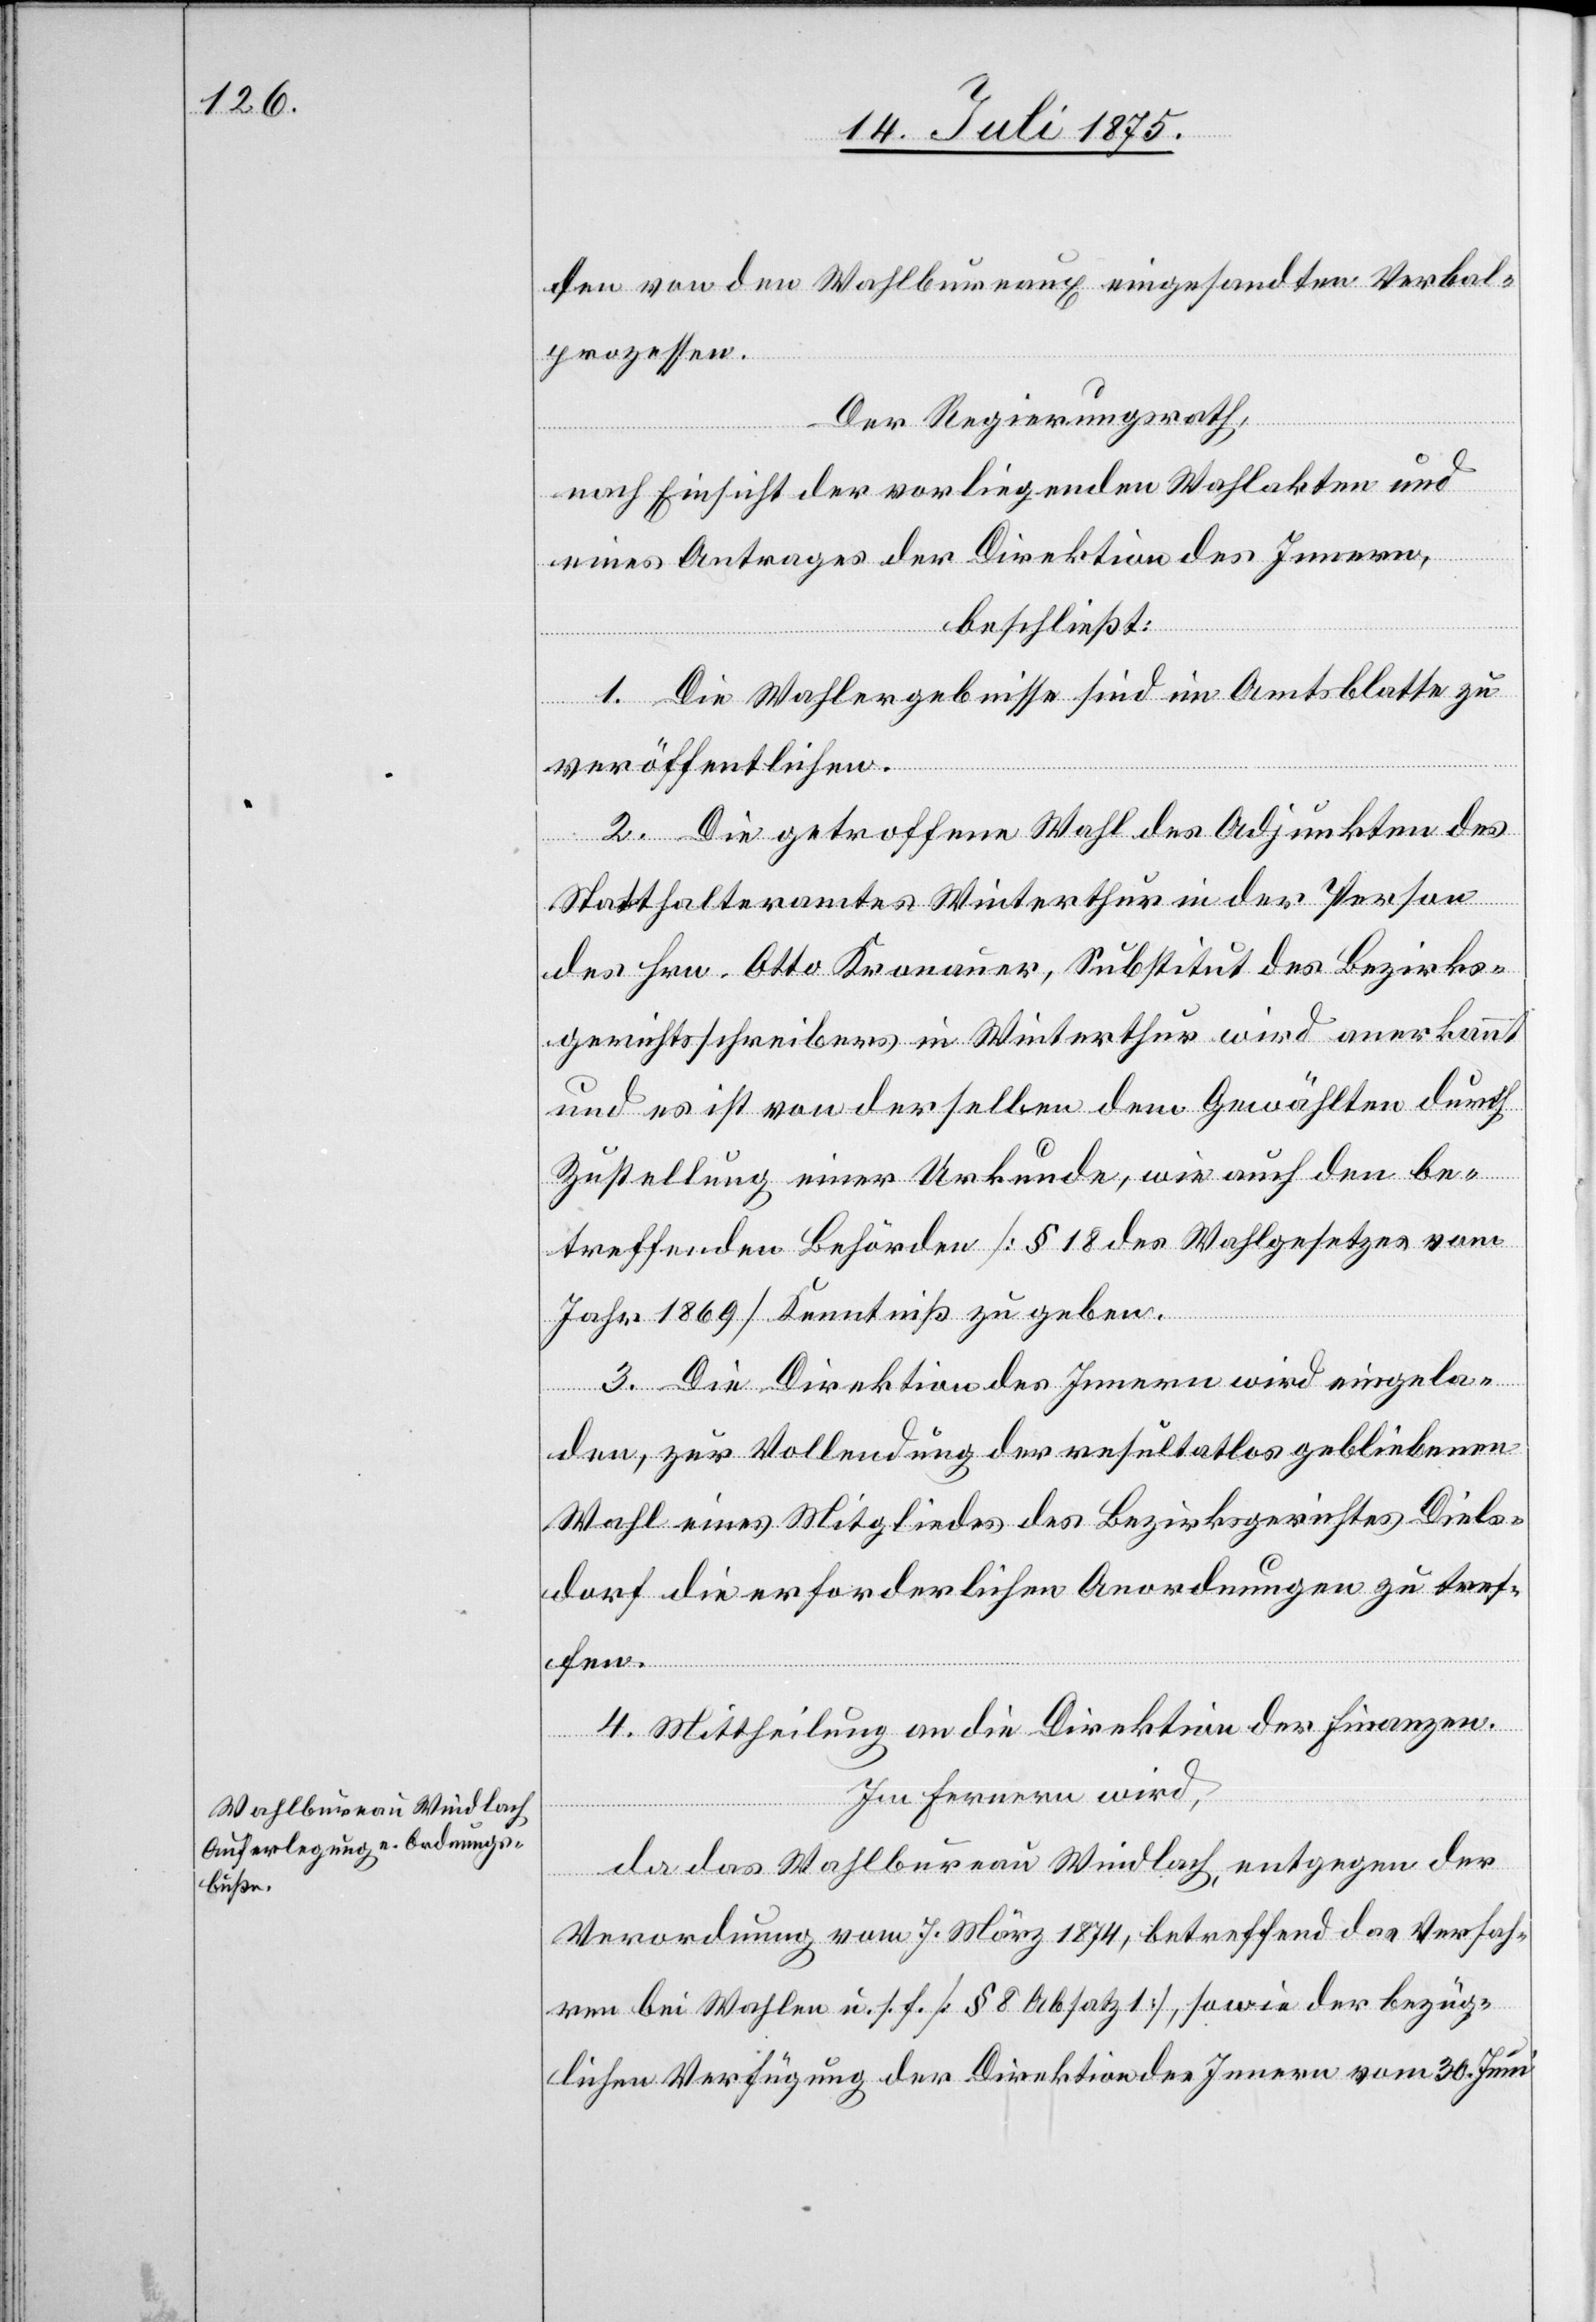
den von den Wahlbureaux eingesandten Verbal¬
prozessen.
Der Regierungsrath,
nach Einsicht der vorliegenden Wahlakten und
eines Antrages der Direktion des Innern,
beschließt:
1. Die Wahlergebnisse sind im Amtsblatte zu
veröffentlichen.
2. Die getroffene Wahl des Adjunkten des
Statthalteramtes Winterthur in der Person
des Hrn. Otto Kronauer, Substitut des Bezirks¬
gerichtsschreibers in Winterthur wird anerkannt
und es ist von derselben dem Gewählten durch
Zustellung einer Urkunde, wie auch den be¬
treffenden Behörden [§ 18 des Wahlgesetzes vom
Jahr 1869] Kenntniß zu geben.
3. Die Direktion des Innern wird eingela¬
den, zur Vollendung der resultatlos gebliebenen
Wahl eines Mitgliedes des Bezirksgerichtes Diels¬
dorf die erforderlichen Anordnungen zu tref¬
fen.
4. Mittheilung an die Direktion der Finanzen.